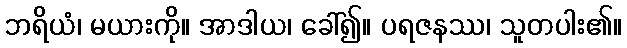
ဘရိယံ၊ မယားကို။ အာဒါယ၊ ခေါ်၍။ ပရဇနဿ၊ သူတပါး၏။